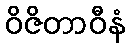
ဝိဇိတာဝီနံ